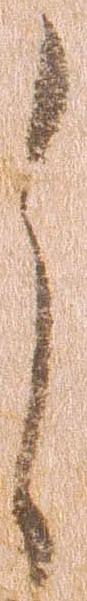
之